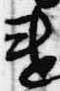
違